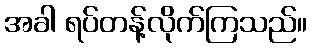
အခါ ရပ်တန့်လိုက်ကြသည်။